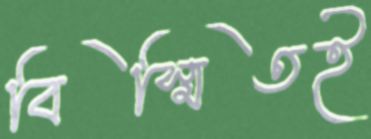
বিস্মিতই